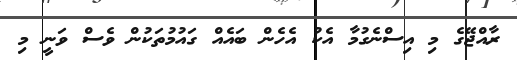
ރާއްޖޭގެ މި އިސްނެގުމާ އެކު އެހެން ބައެއް ގައުމުތަކުން ވެސް ވަނީ މި